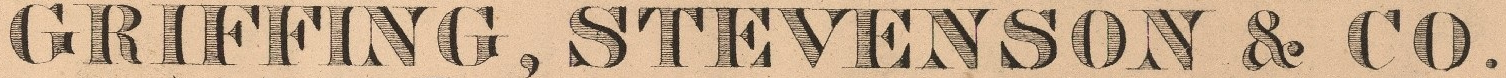
GRIFFING, STEVENSON & CO.